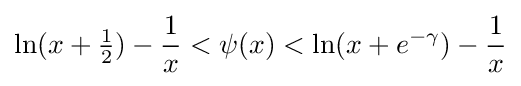
\ln(x+{\tfrac {1}{2}})-{\frac {1}{x}}<\psi (x)<\ln(x+e^{-\gamma })-{\frac {1}{x}}